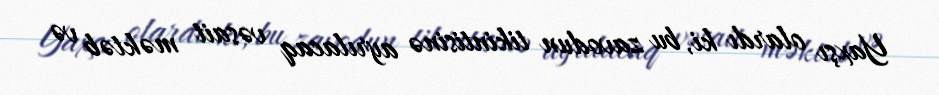
Yaxşı olardı ki, bu zavodun tikintisinə ayrılacaq vəsait məktəb və